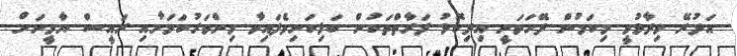
އަދުރޭ ވިދާޅުވީ މިކަމުން ދޭހަވަނީ އިދިކޮޅު ފަރާތްތަކުން ބަލިކަށިވެފައިވާ މިންވަރުކަމަށާއި ރައީސް ޔާމީނަށް